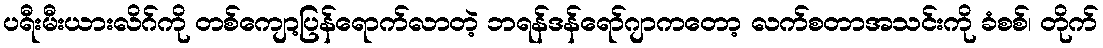
ပရီးမီးယားလိဂ်ကို တစ်ကျော့ပြန်ရောက်လာတဲ့ ဘရန်ဒန်ရော်ဂျာကတော့ လက်စတာအသင်းကို ခံစစ်၊ တိုက်